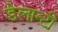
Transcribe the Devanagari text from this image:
डेलान्टी